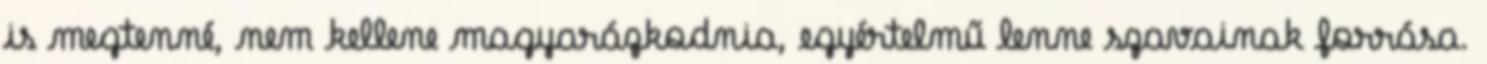
is megtenné, nem kellene magyarázkodnia, egyértelmű lenne szavainak forrása.